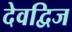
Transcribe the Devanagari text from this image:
देवद्विज